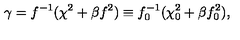
\gamma = f ^ { - 1 } ( \chi ^ { 2 } + \beta f ^ { 2 } ) \equiv f _ { 0 } ^ { - 1 } ( \chi _ { 0 } ^ { 2 } + \beta f _ { 0 } ^ { 2 } ) ,